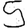
Digit: 5